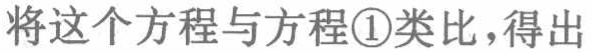
将这个方程与方程\textcircled{1}类比，得出